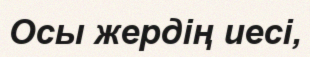
Осы жердің иесі,